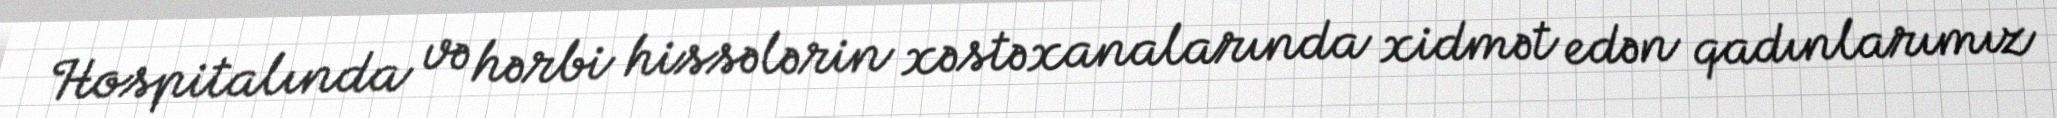
Hospitalında və hərbi hissələrin xəstəxanalarında xidmət edən qadınlarımız